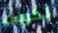
تكونت